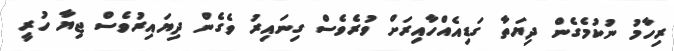
ރިހާމު ނުކުމެގެން ދިޔަތާ ގަޑިއެއްހާއިރަށް ވުރެވެސް ގިނައިރު ވެގެން ދިޔައިރުވެސް ޖިޔާ ހުރީ